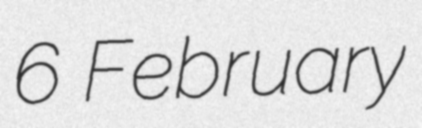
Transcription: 6 February